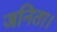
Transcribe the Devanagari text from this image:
जनिता।